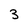
Character: 3